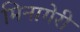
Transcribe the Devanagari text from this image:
मिनागेरी